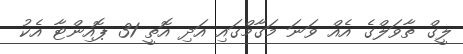
ލީގް ތާވަލްގެ އެއް ވަނަ މަގާމްގައި އަދި އޮތީ 31 ޕޮއިންޓާ އެކު